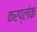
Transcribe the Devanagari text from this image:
करप्लंक